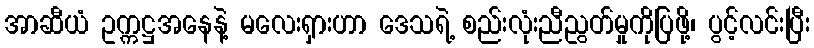
အာဆီယံ ဥက္ကဋ္ဌအနေနဲ့ မလေးရှားဟာ ဒေသရဲ့ စည်းလုံးညီညွတ်မှုကိုပြဖို့၊ ပွင့်လင်းပြီး